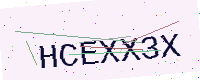
Text: HCEXX3X